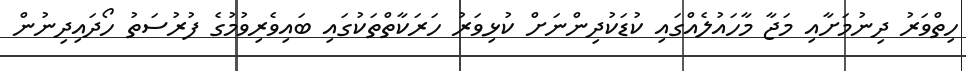
ހިތްވަރު ދިނުމަށާއި މަޖާ މާހައުލެއްގައި ކުޑަކުދިންނަށް ކުޅިވަރު ހަރަކާތްތަކުގައި ބައިވެރިވުމުގެ ފުރުސަތު ހޯދައިދިނުން